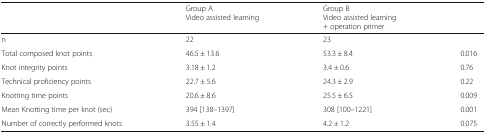
<table><thead><tr><td>[EMPTY_CELL]</td><td><b>Group AVideo assisted learning</b></td><td><b>Group BVideo assisted learning + operation primer</b></td><td>[EMPTY_CELL]</td></tr></thead><tbody><tr><td>n</td><td>22</td><td>23</td><td>[EMPTY_CELL]</td></tr><tr><td>Total composed knot points</td><td>46.5 ± 13.6</td><td>53.3 ± 8.4</td><td>0.016</td></tr><tr><td>Knot integrity points</td><td>3.18 ± 1.2</td><td>3.4 ± 0.6</td><td>0.76</td></tr><tr><td>Technical proficiency points</td><td>22.7 ± 5.6</td><td>24.3 ± 2.9</td><td>0.22</td></tr><tr><td>Knotting time points</td><td>20.6 ± 8.6</td><td>25.5 ± 6.5</td><td>0.009</td></tr><tr><td>Mean Knotting time per knot (sec)</td><td>394 [138–1397]</td><td>308 [100–1221]</td><td>0.001</td></tr><tr><td>Number of correctly performed knots</td><td>3.55 ± 1.4</td><td>4.2 ± 1.2</td><td>0.075</td></tr></tbody></table>